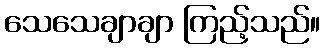
သေသေချာချာ ကြည့်သည်။